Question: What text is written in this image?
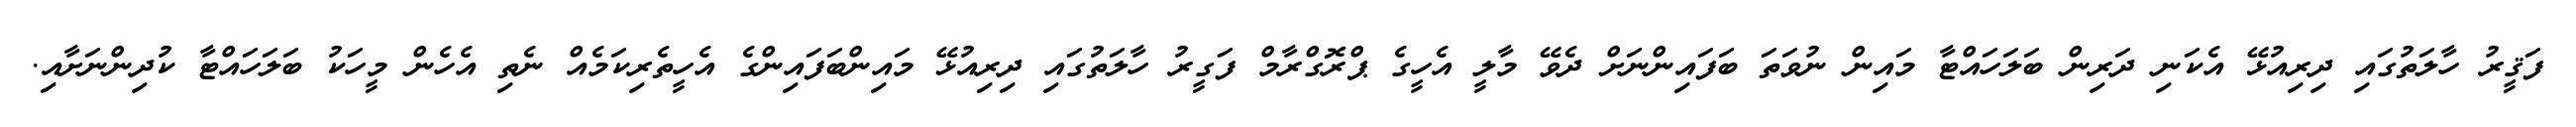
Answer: ފަޤީރު ހާލަތުގައި ދިރިއުޅޭ އެކަނި ދަރިން ބަލަހައްޓާ މައިން ނުވަތަ ބަފައިންނަށް ދެވޭ މާލީ އެހީގެ ޕްރޮގްރާމް ފަގީރު ހާލަތުގައި ދިރިއުޅޭ މައިންބަފައިންގެ އެހީތެރިކަމެއް ނެތި އެހެން މީހަކު ބަލަހައްޓާ ކުދިންނަށާއި.